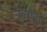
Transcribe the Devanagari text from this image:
ऋंगेरी